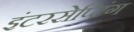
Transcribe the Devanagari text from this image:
इंटरसेप्टिंग